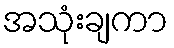
အသုံးချကာ